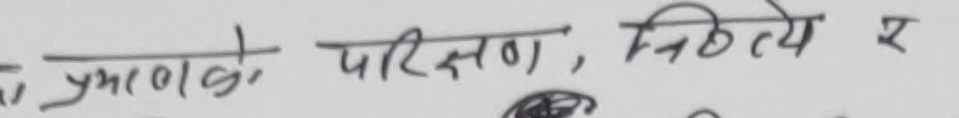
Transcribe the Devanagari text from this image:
प्रश्नो परिक्षण, नित्य र